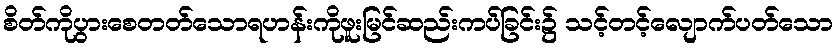
စိတ်ကိုပွားစေတတ်သောရဟန်းကိုဖူးမြင်ဆည်းကပ်ခြင်း၌ သင့်တင့်လျောက်ပတ်သော